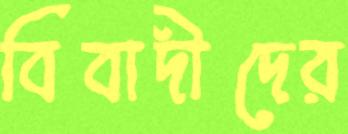
বিবাদীদের